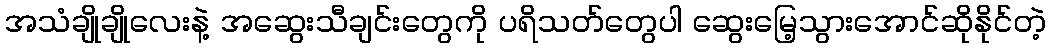
အသံချိုချိုလေးနဲ့ အဆွေးသီချင်းတွေကို ပရိသတ်တွေပါ ဆွေးမြေ့သွားအောင်ဆိုနိုင်တဲ့